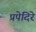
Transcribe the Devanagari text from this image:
प्रपेदिरे